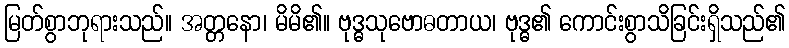
မြတ်စွာဘုရားသည်။ အတ္တနော၊ မိမိ၏။ ဗုဒ္ဓသုဗောဓတာယ၊ ဗုဒ္ဓ၏ ကောင်းစွာသိခြင်းရှိသည်၏